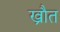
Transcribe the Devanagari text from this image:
ख्रौत